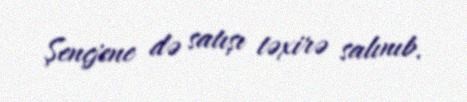
Şençjene də satışı təxirə salınıb.